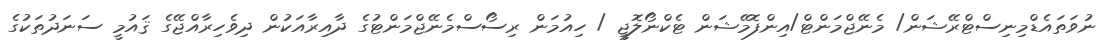
ނުވަތައެޑްމިނިސްޓްރޭޝަން/ މެނޭޖްމަންޓް/އިންފޮމޭޝަން ޓެކްނޯލޮޖީ / ހިއުމަން ރިސޯސްމެނޭޖްމަންޓުގެ ދާއިރާއަކުން ދިވެހިރާއްޖޭގެ ޤައުމީ ސަނަދުތަކުގެ